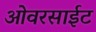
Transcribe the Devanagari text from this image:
ओवरसाईट